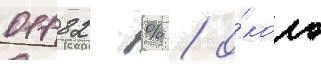
01182 % / о́коло